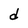
Character: d